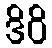
ဒိဝိ